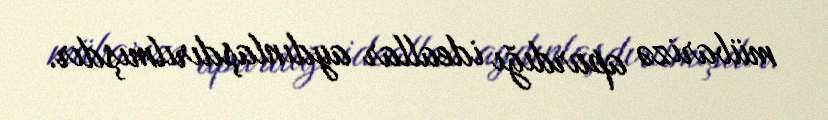
mübarizə apardığı ideallar aydınlaşdırılmışdır.